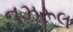
નઝરૂલ